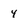
Character: 4